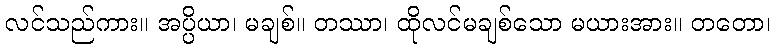
လင်သည်ကား။ အပ္ပိယာ၊ မချစ်။ တဿာ၊ ထိုလင်မချစ်သော မယားအား။ တတော၊